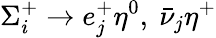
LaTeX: \Sigma_{i}^{+}\to e_{j}^{+}\eta^{0},~\bar{\nu}_{j}\eta^{+}